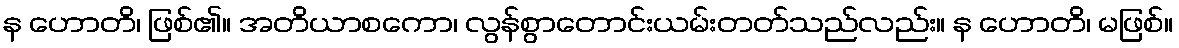
န ဟောတိ၊ ဖြစ်၏။ အတိယာစကော၊ လွန်စွာတောင်းယမ်းတတ်သည်လည်း။ န ဟောတိ၊ မဖြစ်။